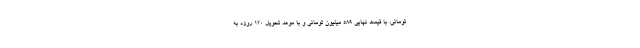
تومانی، با قیمت نهایی 589 میلیون تومانی و با موعد تحویل 120 روزه به